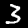
Label: 3